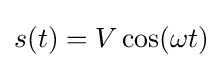
s(t)=V\cos(\omega t)